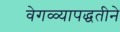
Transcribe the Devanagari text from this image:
वेगळ्यापद्धतीने